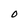
Character: O